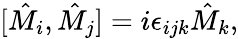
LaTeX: [\hat{M}_{i},\hat{M}_{j}]=i\epsilon_{ijk}\hat{M}_{k},